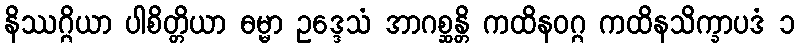
နိဿဂ္ဂိယာ ပါစိတ္တိယာ ဓမ္မာ ဥဒ္ဒေသံ အာဂစ္ဆန္တိ ကထိနဝဂ္ဂ ကထိနသိက္ခာပဒံ ၁